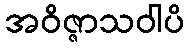
အဝိဇ္ဇာသဝါပိ